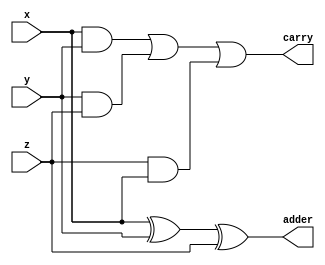
module full_adder(
	input x,
	input y,
	input z,
	output adder,carry
);

assign adder = x^y^z;
assign carry = (x&y) | (y&z) | (z&x);

endmodule